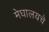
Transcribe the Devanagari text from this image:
मेघालयचे